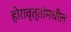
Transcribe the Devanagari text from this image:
होरावृत्तांमधील